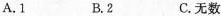
A.1 B.2 C.无数